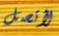
لأتصل